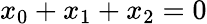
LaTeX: x_{0}+x_{1}+x_{2}=0